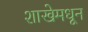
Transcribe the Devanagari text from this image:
शाखेमधून